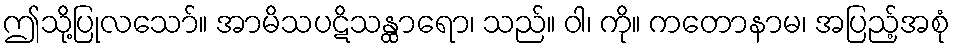
ဤသို့ပြုလသော်။ အာမိသပဋိသန္ထာရော၊ သည်။ ဝါ၊ ကို။ ကတောနာမ၊ အပြည့်အစုံ